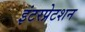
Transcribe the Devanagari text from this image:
इंटरप्रेटशन